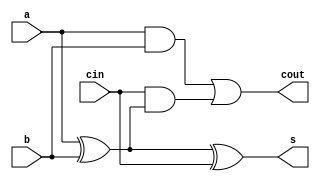
`timescale 1ns / 1ps

/*
Company: Sogang University
Engineer: G_EEE3
Create Date: 2021/10/14 15:16:21
Module Name: full_adder
*/

module full_adder(
    input a, b, cin,
    output s, cout
);

assign s = a ^ b ^ cin;
assign cout = (a & b) | (cin & (a ^ b));

endmodule